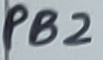
Text: PB2